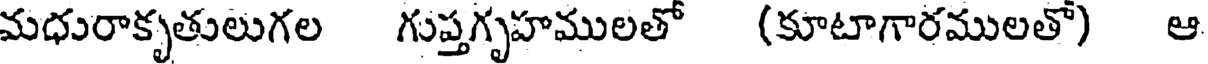
మధురాకృతులుగల గుప్తగృహములతో (కూటాగారములతో) ఆ